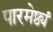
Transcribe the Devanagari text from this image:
पारमेष्ठ्यं